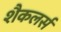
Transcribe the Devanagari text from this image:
शैकलर्स